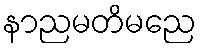
နာညမတိမညေ